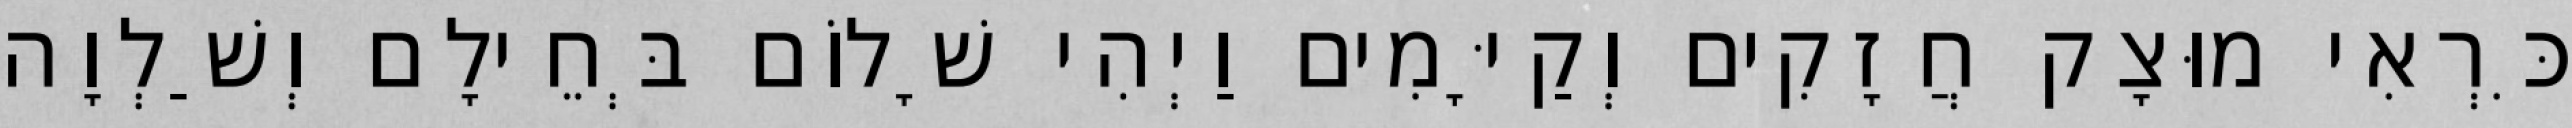
כִּרְאִי מוּצָק חֲזָקִים וְקַיָּמִים וַיְהִי שָׁלוֹם בְּחֵילָם וְשַׁלְוָה